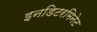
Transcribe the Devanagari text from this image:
इनडिटरमिनेट